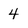
Character: 4